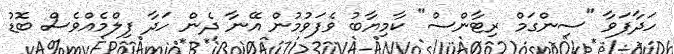
ހަދާފަވާ "ސިންގަމް ރިޓާންސް" ކާމިޔާބު ވެފަވުމުން އޭނާ ދެން ހަދާ ފިލްމެއްވެސް ބޮޑު